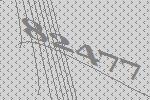
82477